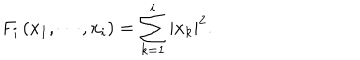
F _ { i } \left( x _ { 1 } , \cdots , x _ { i } \right) = \sum _ { k = 1 } ^ { i } | x _ { k } | ^ { 2 } .